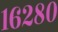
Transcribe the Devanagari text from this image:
१६२८०